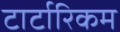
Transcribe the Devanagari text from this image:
टार्टारिकम